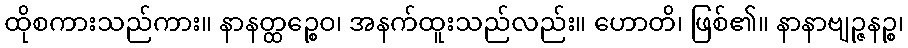
ထိုစကားသည်ကား။ နာနတ္ထဉ္စေဝ၊ အနက်ထူးသည်လည်း။ ဟောတိ၊ ဖြစ်၏။ နာနာဗျဉ္ဇနဉ္စ၊